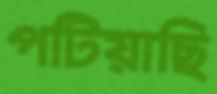
পটিয়াছি